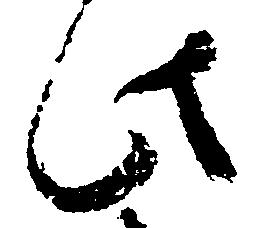
此